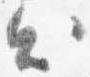
出